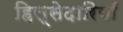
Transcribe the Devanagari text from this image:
हिस्सेदारियाँ